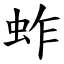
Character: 蚱